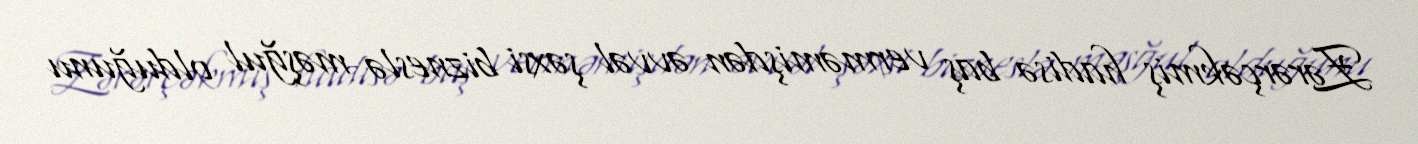
Zərərçəkmiş hadisə baş verməmişdən əvvəl şəxsi bizneslə məşğul olduğunu